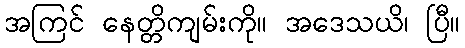
အကြင် နေတ္တိကျမ်းကို။ အဒေသယိ၊ ပြီ။